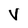
Character: V